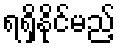
ရရှိနိုင်မည့်